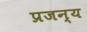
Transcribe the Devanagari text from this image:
प्रजन्य